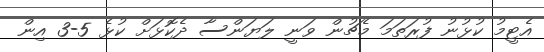
އެޓީމު ކުޅުނު ފުރަތަމަ މެޗުން ވަނީ ލަޔަންސާ ދެކޮޅަށް ކުޅެ 5-3 އިން